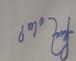
Signature authenticity: forged